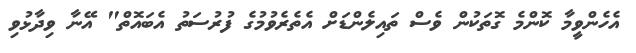
އެހެންވީމާ ކޮންމެ ގޮތަކުން ވެސް ތައިލެންޑަށް އެތެރެވުމުގެ ފުރުސަތު އެބައޮތް" އޭނާ ވިދާޅުވި